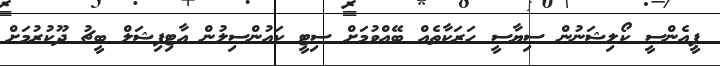
ޕީއެންސީ ކޯލިޝަނުން ސިޔާސީ ހަރަކާތެއް ބޭއްވުމަށް ސިޓީ ކައުންސިލުން އާޓިފިޝަލް ބީޗު ދޫކުުރުމަށް